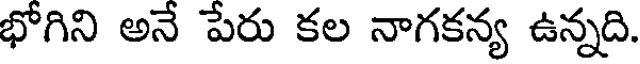
భోగిని అనే పేరు కల నాగకన్య ఉన్నది.